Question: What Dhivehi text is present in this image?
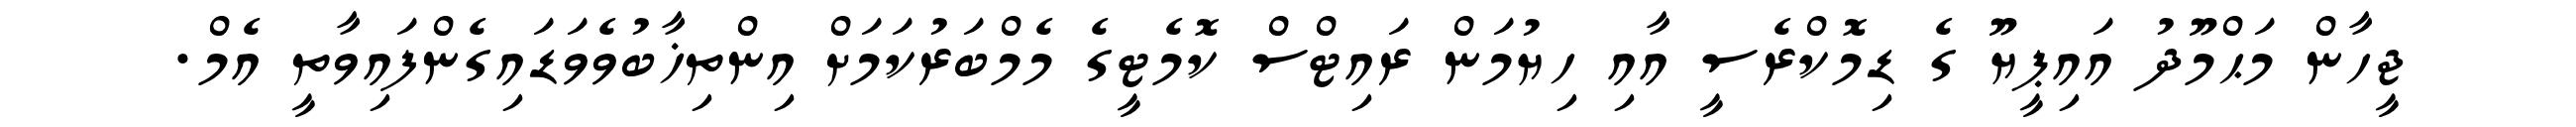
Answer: ޖީހާން މަޙްމޫދު އައިޕީޔޫ ގެ ޑިމޮކްރެސީ އާއި ހިޔުމަން ރައިޓްސް ކޮމެޓީގެ މެމްބަރުކަމަށް އިންތިޚާބުވެވަޑައިގެންފައިވާތީ އެމް.